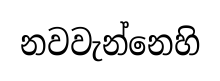
නවවැන්නෙහි